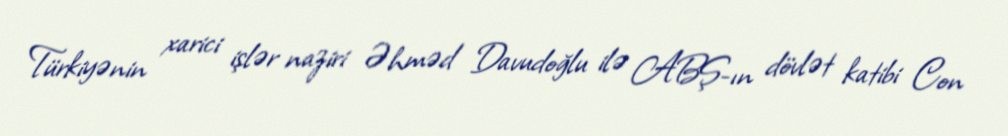
Türkiyənin xarici işlər naziri Əhməd Davudoğlu ilə ABŞ-ın dövlət katibi Con